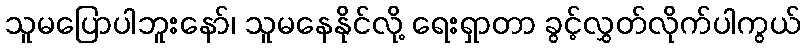
သူမပြောပါဘူးနော်၊ သူမနေနိုင်လို့ ရေးရှာတာ ခွင့်လွှတ်လိုက်ပါကွယ်